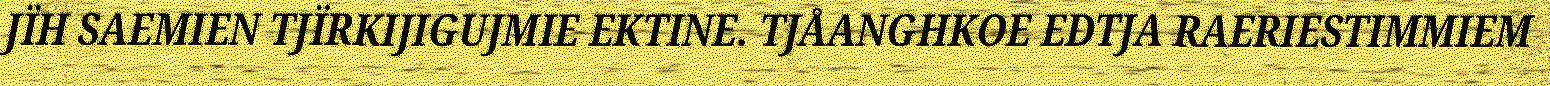
JÏH SAEMIEN TJÏRKIJIGUJMIE EKTINE. TJÅANGHKOE EDTJA RAERIESTIMMIEM